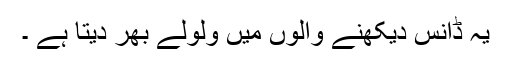
یہ ڈانس دیکھنے والوں میں ولولے بھر دیتا ہے ۔